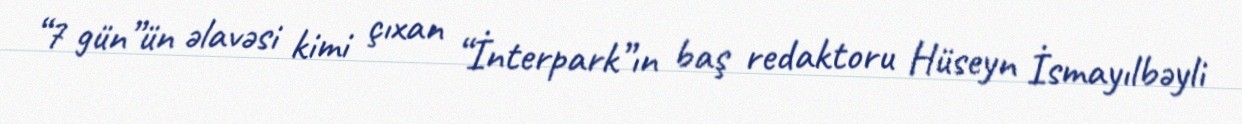
“7 gün”ün əlavəsi kimi çıxan “İnterpark”ın baş redaktoru Hüseyn İsmayılbəyli